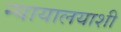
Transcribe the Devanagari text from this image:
न्यायालयाशी